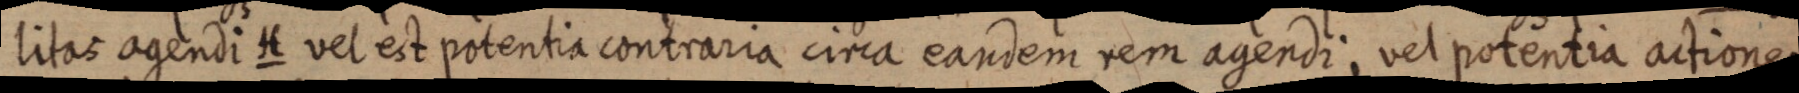
litas agendi H vel est potentia contraria circa eandem rem agendi; vel potentia actiones